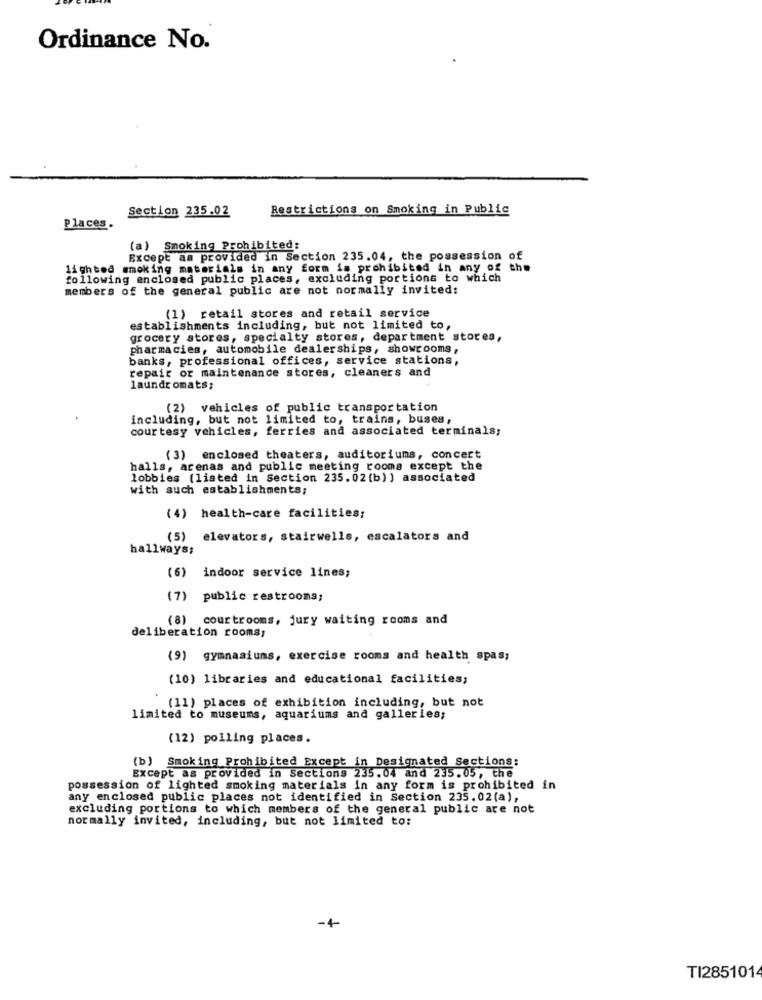
Ordinance No.
Section 235.02
Restrictions on Smoking in Public
Places.
(a) Smoking Prohibited:
Except as provided in Section 235.04, the possession of
lighted smoking materials in any form is prohibited in any of the
following enclosed public places, excluding portions to which
members of the general public are not normally invited:
(1) retail stores and retail service
establishments including, but not limited to,
grocery stores, specialty stores, department stores,
pharmacies, automobile dealerships, showrooms ,
banks, professional offices, service stations,
repair or maintenance stores, cleaners and
laundromats;
(2) vehicles of public transportation
including, but not limited to, trains, buses,
courtesy vehicles, ferries and associated terminals;
(3) enclosed theaters, auditoriums, concert
halls, arenas and public meeting rooms except the
lobbies (listed in Section 235.02(b) ) associated
with such establishments;
(4) health-care facilities;
(5) elevators, stairwells, escalators and
hallways;
(6) indoor service lines;
(7) public restrooms;
(8) courtrooms, jury waiting rooms and
deliberation rooms;
(9) gymnasiums, exercise rooms and health spas;
(10) libraries and educational facilities;
(11) places of exhibition including, but not
limited to museums, aquariums and galleries;
(12) polling places.
(b) Smoking Prohibited Except in Designated Sections:
Except as provided in sections 235.04 and 235.05, the
possession of lighted smoking materials in any form is prohibited in
any enclosed public places not identified in Section 235.02(a),
excluding portions to which members of the general public are not
normally invited, including, but not limited to:
TI2851014